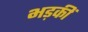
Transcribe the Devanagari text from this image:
भड़कीं